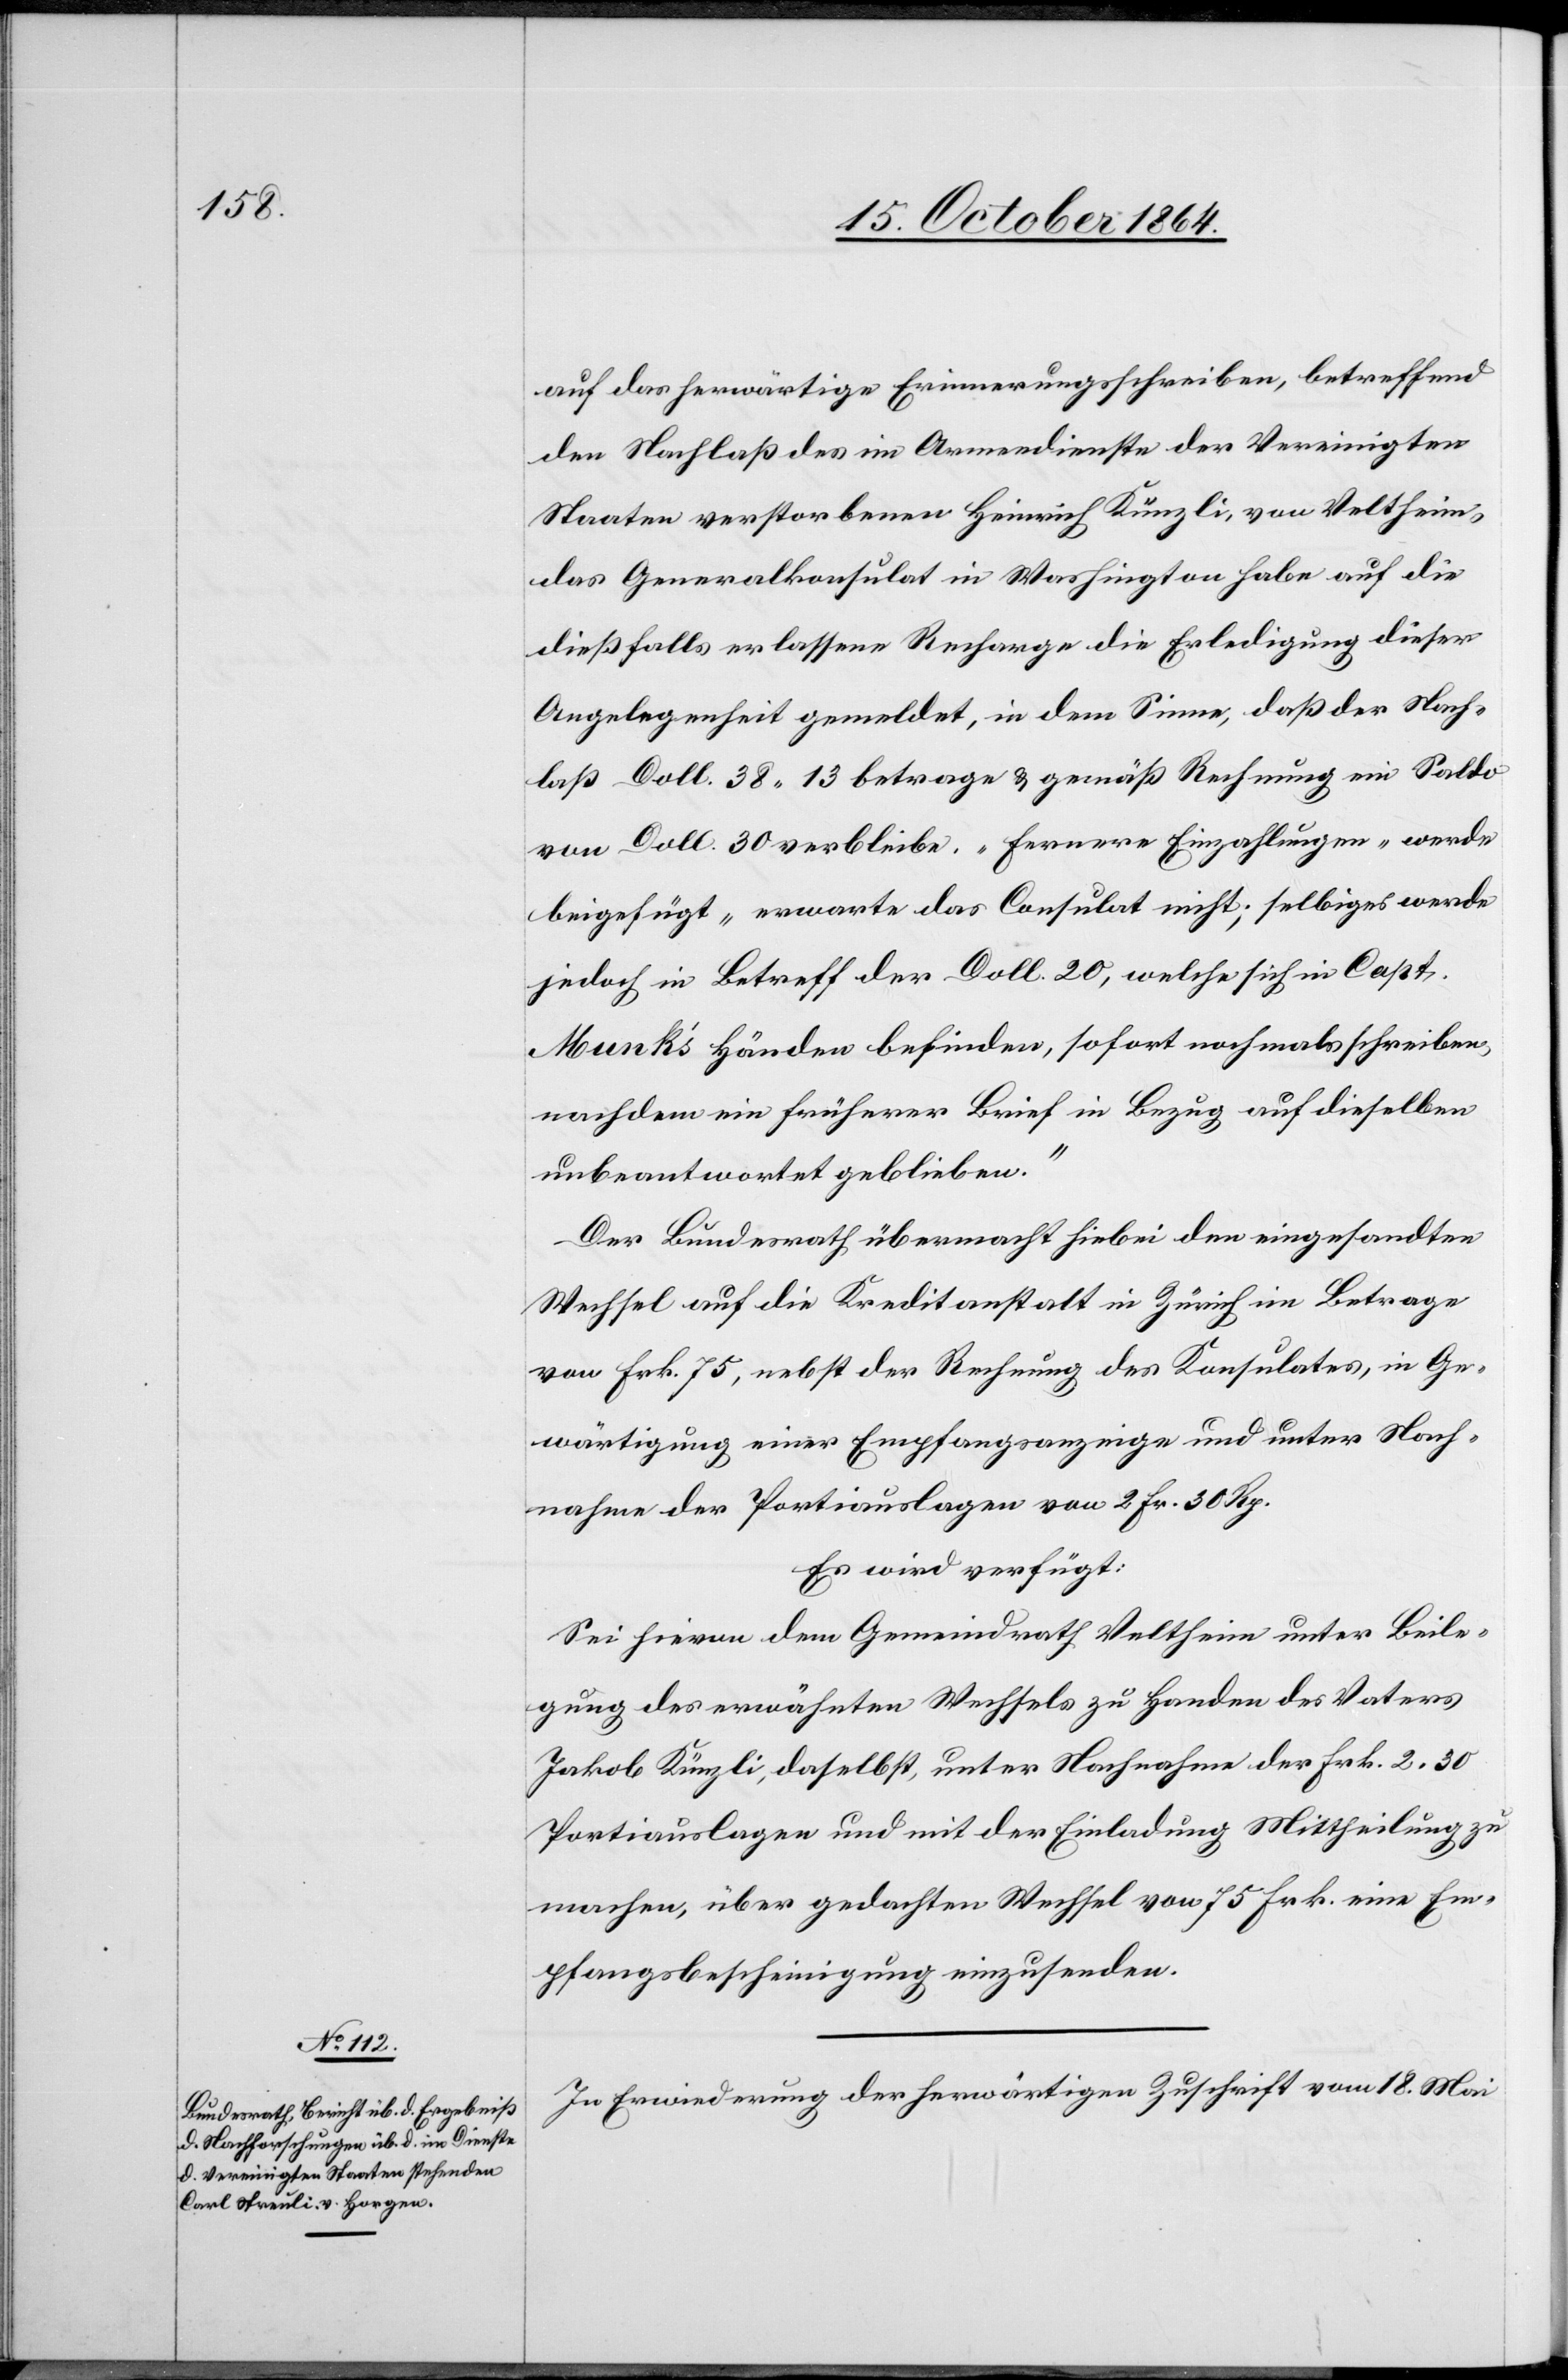
20. October 1864.]
auf das herwärtige Erinnerungsschreiben, betreffen¬
d Nachlaß des im Armeedienste der Vereinigten
Staaten verstorbenen Heinrich Künzli, von Veltheim,
das Generalkonsulat in Washington habe auf die
dießfalls erlassene Recharge die Erledigung dieser
Angelegenheit gemeldet, in dem Sinne, daß der Nach¬
laß Doll. 38.13 betrage & gemäß Rechnung ein Saldo
von Doll. 30 verbleibe. „Fernere Einzahlungen“ werde
beigefügt „erwarte das Consulat nicht; selbiges werde
jedoch in Betreff der Doll. 20, welche sich in Capt.
Munk’s Händen befinden, sofort nochmals schreiben,
nachdem ein früherer Brief in Bezug auf dieselben
unbeantwortet geblieben.“
Der Bundesrath übermacht hiebei den eingesandten
Wechsel auf die Kreditanstalt in Zürich im Betrage
von Frk. 75, nebst Rechnung des Konsulates, in Ge¬
wärtigung einer Empfangsanzeige und unter Nach¬
nahme der Portiauslagen von 2 Frk. 30. Rp.
Es wird verfügt:
Sei hievon dem Gemeindrath Veltheim unter Beile¬
gung des erwähnten Wechsels zu Handen des Vaters
Jakob Künzli, daselbst, unter Nachnahme der Frk. 2.30
Protiauslagen und mit der Einladung Mittheilung zu
machen, über gedachten Wechsel von 75 Frk. eine Em¬
pfangsbescheinigung einzusenden.
In Erwiederung der herwärtigen Zuschrift vom 18. Mai